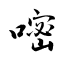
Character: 嘧